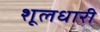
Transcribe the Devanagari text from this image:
शूलधारी